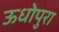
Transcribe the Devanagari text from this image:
ऊधोपुरा